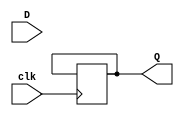
module DFF_negedge (
    input D,
    input clk,
    output reg Q
);

always @ (posedge clk) begin
    if (~clk)
        Q <= D;
end

endmodule